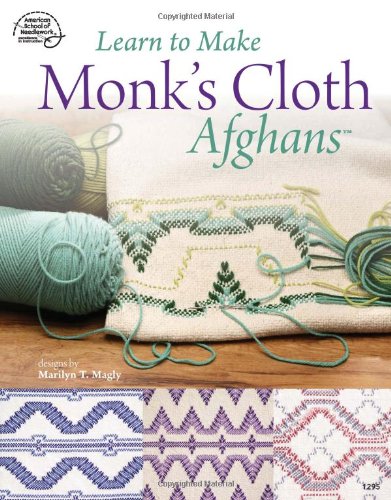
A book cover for Learn to Make Monk's Cloth Afghans; Marilyn T. Magly; Crafts, Hobbies & Home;